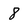
Character: 8